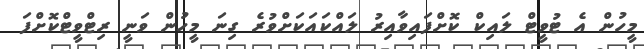
މީހުން އެ ޓުވީޓް ލައިކް ކޮށްފައިވާއިރު ލައްކައަކަށްވުރެ ގިނަ މީހުން ވަނީ ރިޓްވީޓްކޮށްފަ